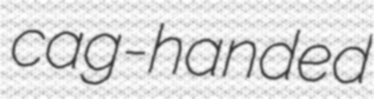
cag-handed